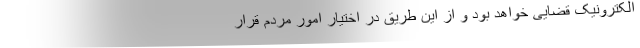
الکترونیک قضایی خواهد بود و از این طریق در اختیار امور مردم قرار